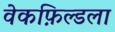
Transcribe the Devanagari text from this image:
वेकफ़िल्डला